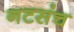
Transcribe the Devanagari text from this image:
नटसंच